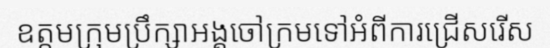
ឧត្តមក្រុមប្រឹក្សាអង្គចៅក្រមទៅអំពីការជ្រើសរើស